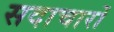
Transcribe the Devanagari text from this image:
सदाचारों